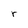
Character: a